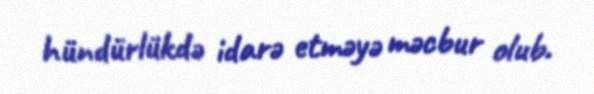
hündürlükdə idarə etməyə məcbur olub.